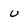
Character: u